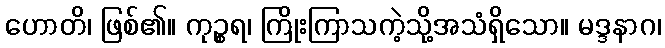
ဟောတိ၊ ဖြစ်၏။ ကုဉ္စရ၊ ကြိုးကြာသကဲ့သို့အသံရှိသော။ မဒ္ဒနာဂ၊